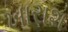
ખારાશ